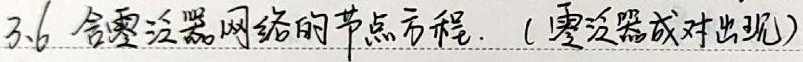
3.6 含零泛器网络的节点方程. (零泛器成对出现)